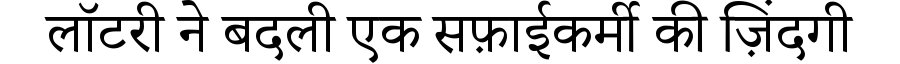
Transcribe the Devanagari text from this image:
लॉटरी ने बदली एक सफ़ाईकर्मी की ज़िंदगी